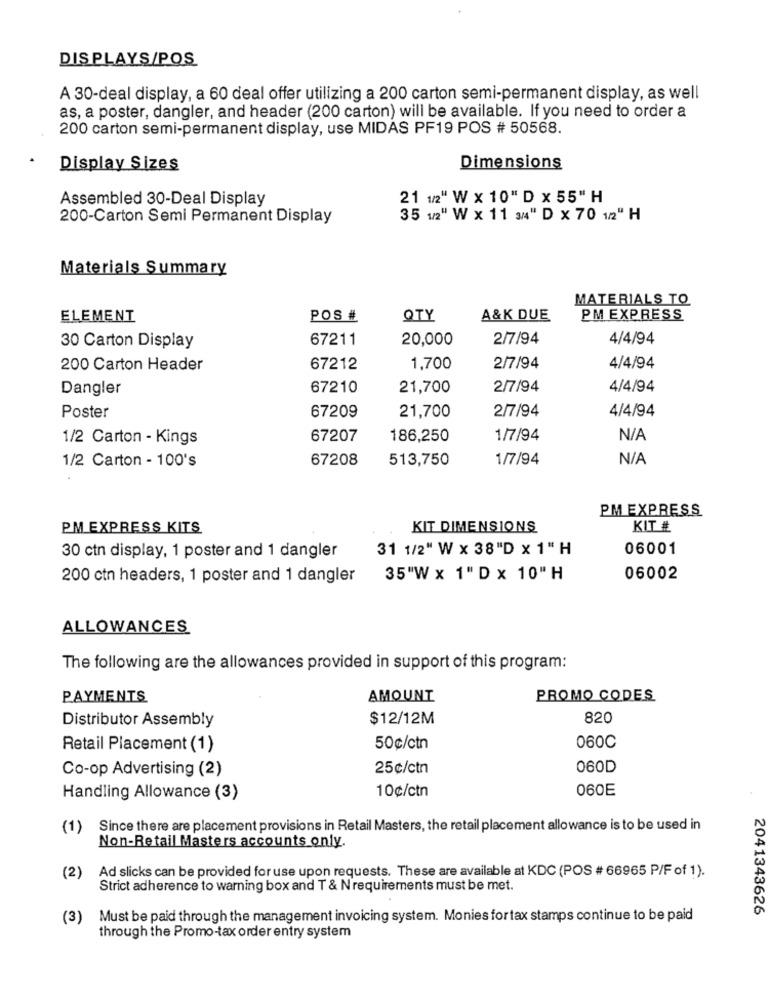
DISPLAYS/POS
A 30-deal display, a 60 deal offer utilizing a 200 carton semi-permanent display, as well
as, a poster, dangler, and header (200 carton) will be available. If you need to order a
200 carton semi-permanent display, use MIDAS PF19 POS # 50568.
Display Sizes
Dimensions
Assembled 30-Deal Display
21 1/2" W x 10" D x 55" H
200-Carton Semi Permanent Display
35 12" W x 11 3/4" D x 70 12" H
Materials Summary
MATERIALS TO
ELEMENT
POS #
QTY
A&K DUE
PM EXPRESS
67211
20,000
2/7/94
4/4/94
30 Carton Display
200 Carton Header
67212
1,700
2/7/94
4/4/94
Dangler
67210
21,700
2/7/94
4/4/94
2/7/94
4/4/94
Poster
67209
21,700
1/2 Carton - Kings
67207
186,250
1/7/94
67208
513,750
1/7/94
1/2 Carton - 100's
PM EXPRESS
PM EXPRESS KITS
KIT DIMENSIONS
KIT #
31 1/2" W x 38"D x 1" H
06001
30 ctn display, 1 poster and 1 dangler
200 ctn headers, 1 poster and 1 dangler
35"W x 1" D x 10" H
06002
ALLOWANCES
The following are the allowances provided in support of this program:
PAYMENTS
AMOUNT
PROMO CODES
Distributor Assembly
$12/12M
820
Retail Placement (1)
50¢/ctn
060C
Co-op Advertising (2)
25¢/ctn
060D
10¢/ctn
060E
Handling Allowance (3)
(1)
Since there are placement provisions in Retail Masters, the retail placement allowance is to be used in
Non-Retail Masters accounts only.
Ad slicks can be provided for use upon requests. These are available at KDC (POS # 66965 P/F of 1).
(2)
Strict adherence to warning box and T & N'requirements must be met.
2041343626
(3)
Must be paid through the management invoicing system. Monies fortax stamps continue to be paid
through the Promo-tax order entry system